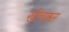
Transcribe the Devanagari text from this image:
खीचंकर